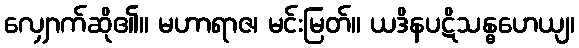
လျှောက်ဆို၏။ မဟာရာဇ၊ မင်းမြတ်။ ယဒိနပဋိသန္ဓဟေယျ၊